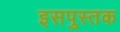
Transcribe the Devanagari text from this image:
इसपुस्तक